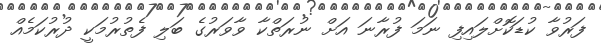
ފަރުވާ ކުޑަކޮށްލައިފި ނަމަ ފުރާނަ އަށް ނުރަތްކާ ވާވަރުގެ ބަލި ފެތުރުމަކީ ދުރުކަމެއް